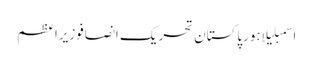
اسمبلیلاہورپاکستان تحریک انصافوزیراعظم